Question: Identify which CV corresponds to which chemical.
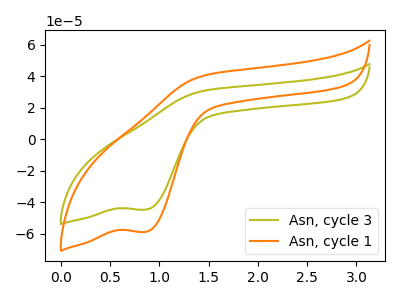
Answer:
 <answer>The olive curve is labeled "Asn, cycle 3". The orange curve is labeled "Asn, cycle 1".</answer>
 <eval></eval>